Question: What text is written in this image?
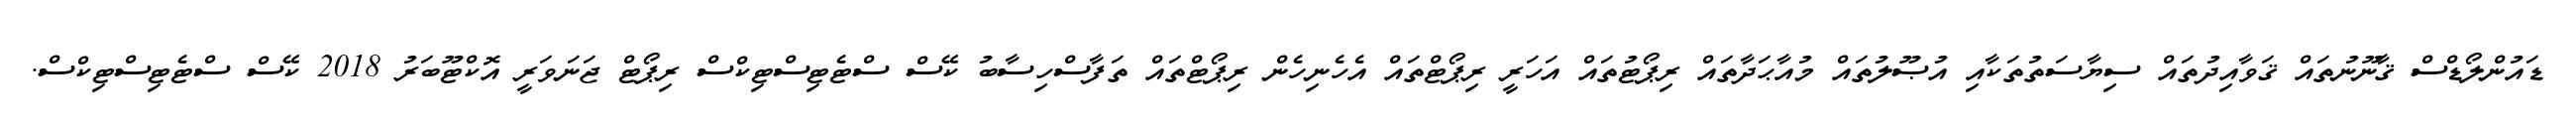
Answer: ޑައުންލޯޑްސް ޤާނޫނުތައް ޤަވާއިދުތައް ސިޔާސަތުތަކާއި އުޞޫލުތައް މުއާޙަދާތައް ރިޕޯޓުތައް އަހަރީ ރިޕޯޓްތައް އެހެނިހެން ރިޕޯޓްތައް ތަފާސްހިސާބު ކޭސް ސްޓެޓިސްޓިކްސް ރިޕޯޓް ޖަނަވަރީ އޮކްޓޫބަރު 2018 ކޭސް ސްޓެޓިސްޓިކްސް.